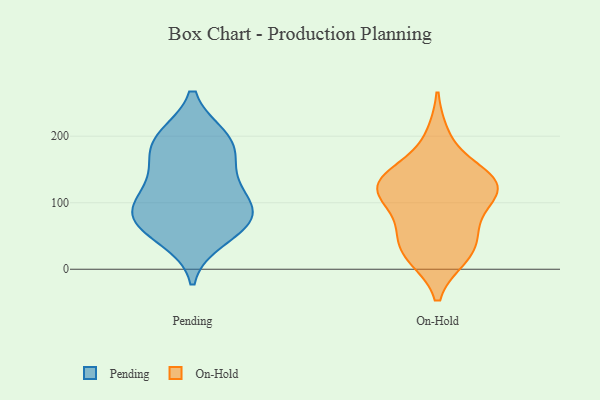
{"axis": {"x": "Temperature (°C)", "y": "Value"}, "legend": ["On-Hold", "Pending"], "data": [{"x": "", "y": 135, "type": "Pending"}, {"x": "", "y": 47, "type": "Pending"}, {"x": "", "y": 120, "type": "Pending"}, {"x": "", "y": 82, "type": "Pending"}, {"x": "", "y": 166, "type": "Pending"}, {"x": "", "y": 195, "type": "Pending"}, {"x": "", "y": 93, "type": "Pending"}, {"x": "", "y": 67, "type": "Pending"}, {"x": "", "y": 86, "type": "Pending"}, {"x": "", "y": 189, "type": "Pending"}, {"x": "", "y": 197, "type": "Pending"}, {"x": "", "y": 71, "type": "Pending"}, {"x": "", "y": 116, "type": "On-Hold"}, {"x": "", "y": 93, "type": "On-Hold"}, {"x": "", "y": 21, "type": "On-Hold"}, {"x": "", "y": 125, "type": "On-Hold"}, {"x": "", "y": 135, "type": "On-Hold"}, {"x": "", "y": 142, "type": "On-Hold"}, {"x": "", "y": 59, "type": "On-Hold"}, {"x": "", "y": 113, "type": "On-Hold"}, {"x": "", "y": 136, "type": "On-Hold"}, {"x": "", "y": 126, "type": "On-Hold"}, {"x": "", "y": 53, "type": "On-Hold"}, {"x": "", "y": 199, "type": "On-Hold"}, {"x": "", "y": 30, "type": "On-Hold"}, {"x": "", "y": 20, "type": "On-Hold"}]}